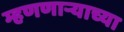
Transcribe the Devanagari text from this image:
म्हणणार्‍याच्या